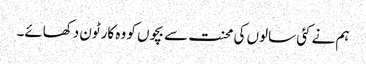
ہم نے کئی سالوں کی محنت سے بچوں کو وہ کارٹون دکھائے۔